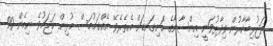
ތަޖުރިބާކާރުން ވިދާޅުވަނީ އިންސާނާގެ ހަށިގަނޑަށް އެތެރެވޭ އެއްގަމުމަސް މުޅިން ހަޖަމުވެ ނިމެން 90